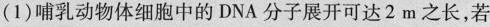
(1)哺乳动物体细胞中的DNA分子展开可达2m之长，若